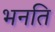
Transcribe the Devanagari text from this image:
भनति